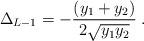
LaTeX: \begin{align*}\Delta_{L-1} = - \frac{(y_1 + y_2)}{2 \sqrt{y_1 y_2}} \; .\end{align*}